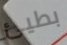
بطيئ